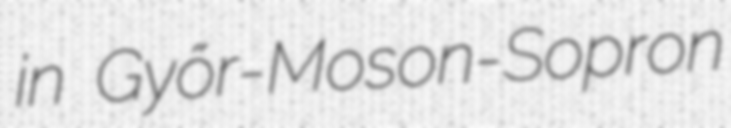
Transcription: in Győr-Moson-Sopron